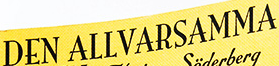
DEN ALLVARSAMMA